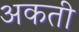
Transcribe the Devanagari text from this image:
अकती